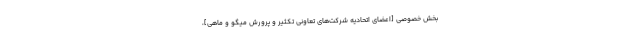
بخش خصوصى [اعضای اتحادیه شرکت‌های تعاونی تکثیر و پرورش میگو و ماهی]،